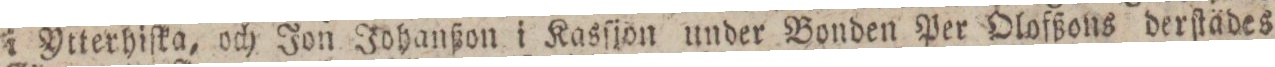
i Ytterhiſka, och Jon Johanßon i Kasſjon under Bonden Per Olofßons derſtädes